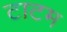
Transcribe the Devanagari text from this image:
टाटम